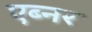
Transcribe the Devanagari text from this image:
एब्नर